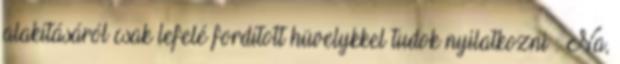
alakításáról csak lefelé fordított hüvelykkel tudok nyilatkozni : Na,